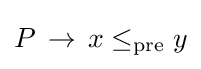
P\,\to \,x\leq _{\text{pre}}y